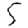
Digit: 5